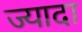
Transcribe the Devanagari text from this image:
ज्यादा